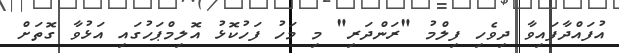
އުފައްދާފައިވާ ދިވެހި ފިލްމު "ރަންދަރި" މި މަހު ފަހުކޮޅު އޮލިމްޕަހުގައި އަޅުވާ ގޮތަށް